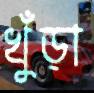
খুঁড়া